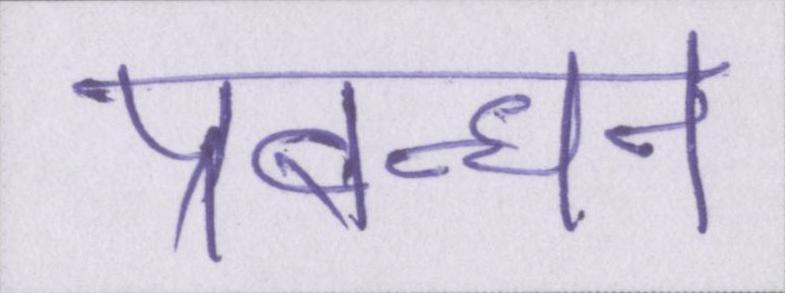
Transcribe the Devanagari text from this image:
प्रबन्धन